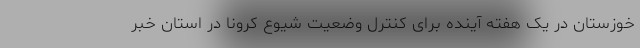
خوزستان در یک هفته آینده برای کنترل وضعیت شیوع کرونا در استان خبر